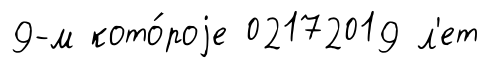
9-м кото́роjе 02172019 л'ет